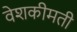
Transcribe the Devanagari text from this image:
वेशकीमती